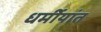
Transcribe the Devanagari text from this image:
धर्मीयांत